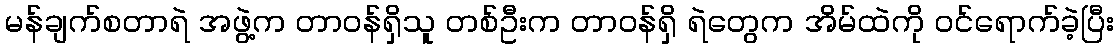
မန်ချက်စတာရဲ အဖွဲ့က တာဝန်ရှိသူ တစ်ဦးက တာဝန်ရှိ ရဲတွေက အိမ်ထဲကို ဝင်ရောက်ခဲ့ပြီး